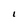
Character: l